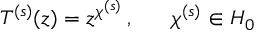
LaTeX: T ^ { ( s ) } ( z ) = z ^ { \chi ^ { ( s ) } } \, , ~ ~ ~ ~ ~ \chi ^ { ( s ) } \in { \cal H } _ { 0 }